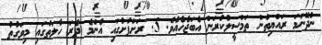
ނުދޭނަމަ ރައްޔިތުން ތަމްސީލުކުރަން އެބަޖެހެއެވެ. 5. ރަށްފުށުގައި އެންމެ ދެރަ ހާލަތުގައި މިވަގުތު